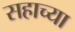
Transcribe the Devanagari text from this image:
सहाच्या